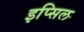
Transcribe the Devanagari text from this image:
इप्सिल